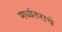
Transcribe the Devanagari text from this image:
मध्यंतराचे